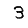
Digit: 3